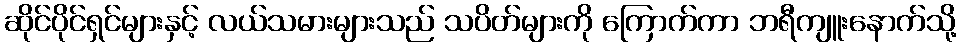
ဆိုင်ပိုင်ရှင်များနှင့် လယ်သမားများသည် သပိတ်များကို ကြောက်ကာ ဘရီကျူးနောက်သို့